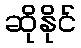
ဆိုနိုင်